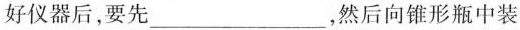
好仪器后，要先___，然后向锥形瓶中装